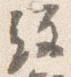
経